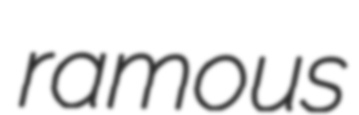
ramous